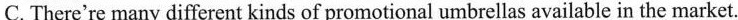
C. There're many different kinds of promotional umbrellas available in the market.